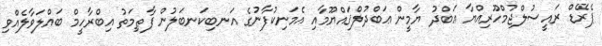
ޕެރޭޑް ރައީސުލްޖުމްހޫރިއްޔާ ޢަބްދު ޔާމީން ޢަބްދުލްޤައްޔޫމާއި އެމަނިކުފާނުގެ އަނބިކަނބަލުން ފާޠިމަތު އިބްރާހީމް ބައްލަވާލެއްވި